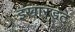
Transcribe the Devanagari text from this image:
इखारड्ट